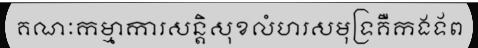
គណៈកម្មាការសន្តិសុខលំហរសមុទ្រគឺកងទ័ព